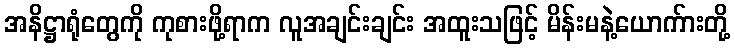
အနိဋ္ဌာရုံတွေကို ကုစားဖို့ရာက လူအချင်းချင်း အထူးသဖြင့် မိန်းမနဲ့ယောက်ားတို့